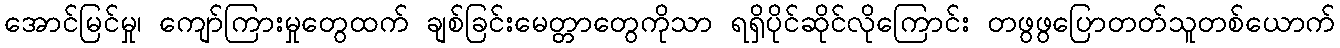
အောင်မြင်မှု၊ ကျော်ကြားမှုတွေထက် ချစ်ခြင်းမေတ္တာတွေကိုသာ ရရှိပိုင်ဆိုင်လိုကြောင်း တဖွဖွပြောတတ်သူတစ်ယောက်